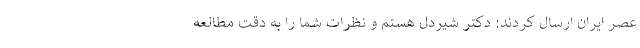
عصر ایران ارسال کردند: دکتر شیردل هستم و نظرات شما را به دقت مطالعه